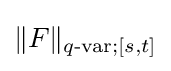
\|F\|_{q{\text{-var}};[s,t]}